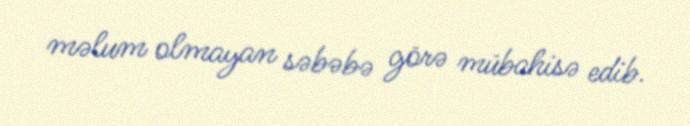
məlum olmayan səbəbə görə mübahisə edib.